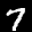
Label: 7